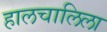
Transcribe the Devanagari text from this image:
हालचालिला